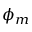
\phi _ { m }